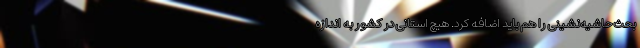
بحث حاشیه‌نشینی را هم باید اضافه کرد. هیچ استانی در کشور به اندازه